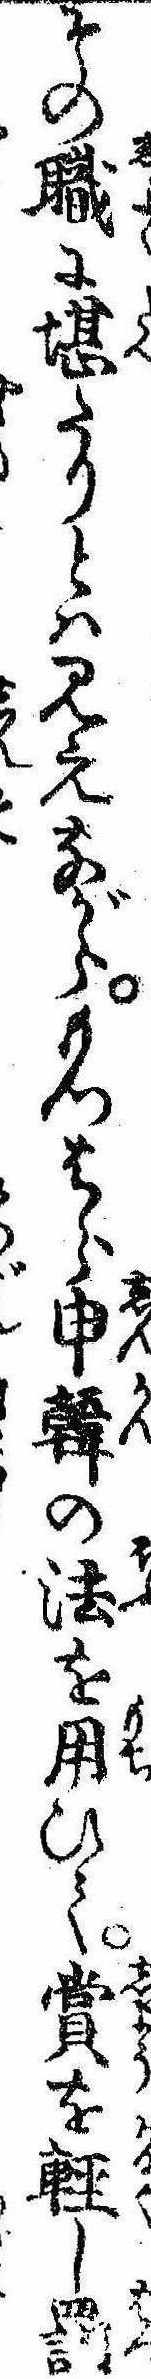
その職に堪たりとは見えながらもつはら申韓の法を用ひて賞を軽し罰